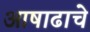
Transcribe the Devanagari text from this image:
आषाढाचे